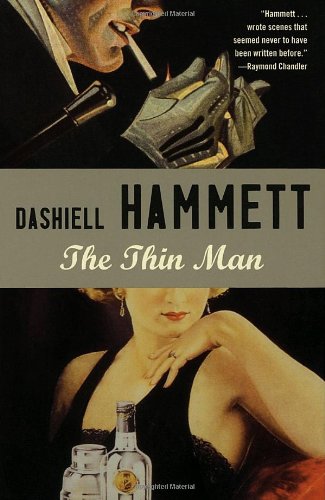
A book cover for The Thin Man; Dashiell Hammett; Mystery, Thriller & Suspense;